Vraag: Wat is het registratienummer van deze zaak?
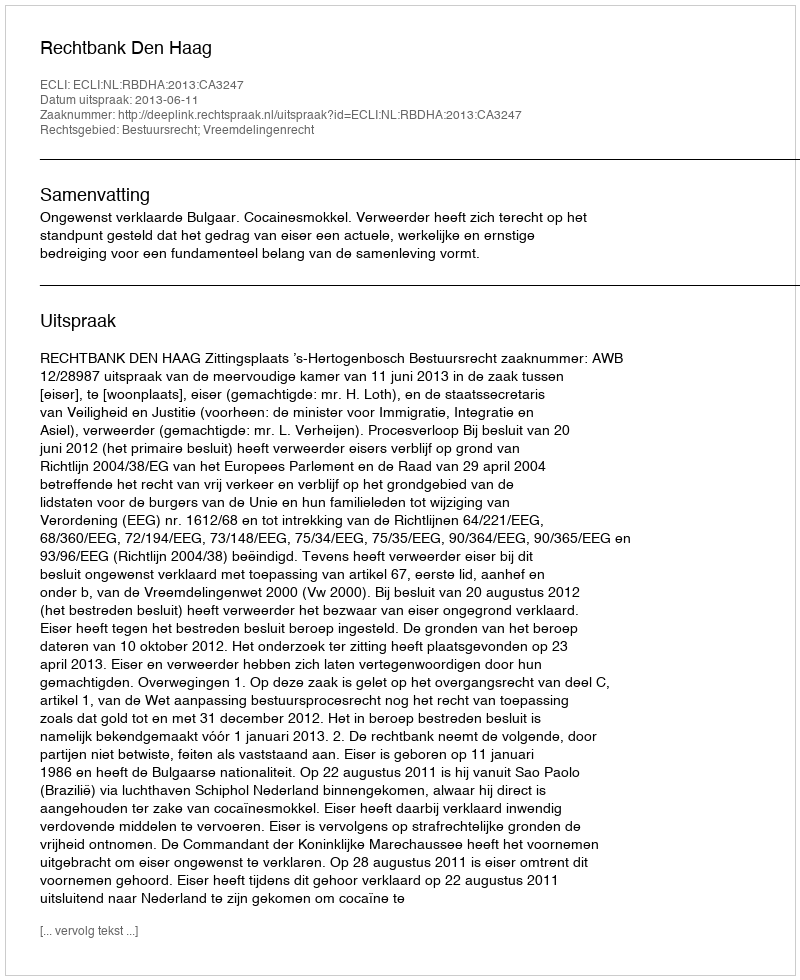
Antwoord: http://deeplink.rechtspraak.nl/uitspraak?id=ECLI:NL:RBDHA:2013:CA3247